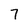
Character: 7